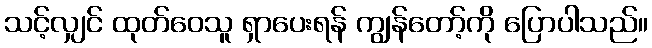
သင့်လျှင် ထုတ်ဝေသူ ရှာပေးရန် ကျွန်တော့်ကို ပြောပါသည်။